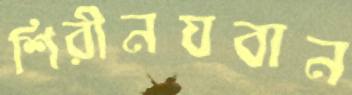
শিরীনযবান